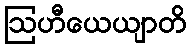
ဩဟီယေယျာတိ